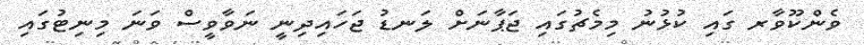
ވެންކޫވާރ ގައި ކުޅުނު މިމެޗުގައި ޖަޕާނަށް ލަނޑު ޖަހައިދިނީ ނަވާވީސް ވަނަ މިނިޓުގައި